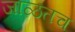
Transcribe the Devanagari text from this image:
जाळतच